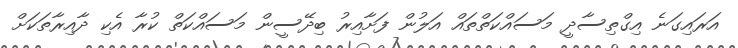
އަރައިގަނެ އިގްތިސާދީ މަސައްކަތްތައް އަލުން ފަށާއިރު ބިދޭސީން މަސައްކަތް ކުރާ އެކި ދާއިރާތަކަށް